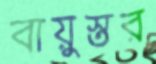
বায়ুস্তর